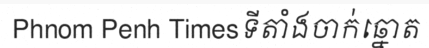
Phnom Penh Timesទីតាំងចាក់ឆ្នោត